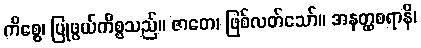
ကိစ္စေ၊ ပြုဖွယ်ကိစ္စသည်။ ဇာတေ၊ ဖြစ်လတ်သော်။ အနတ္ထစရာနိ၊